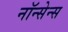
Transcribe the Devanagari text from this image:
नॉन्सेन्स